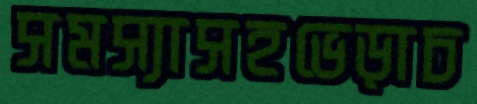
সমস্যাসহভেড়াচ